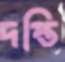
দপ্তি